Insane asylums in Bengal annual reports 1876-1887 - 1876-1887
Year: 1876
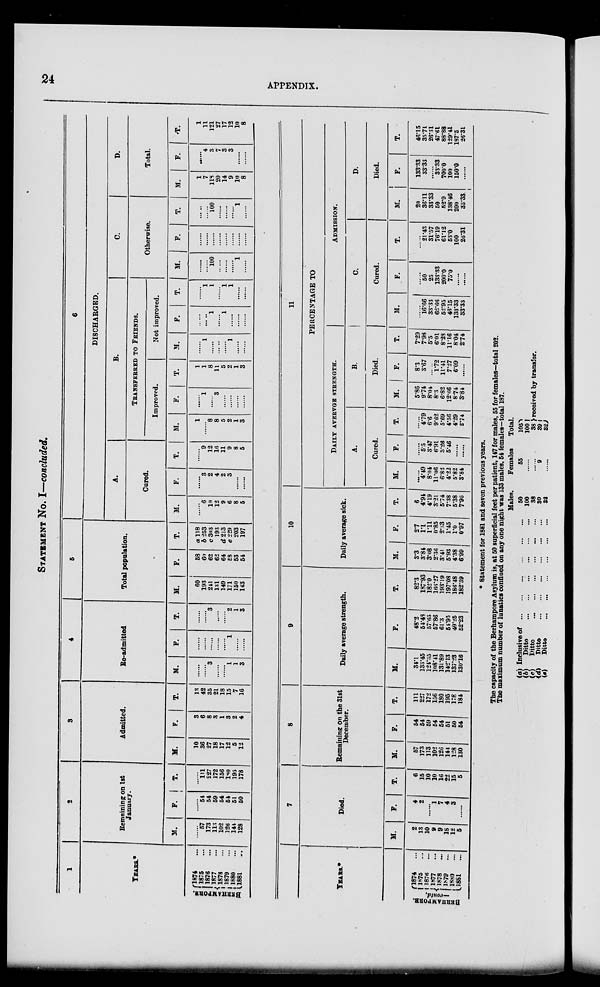
24
APPENDIX.
STATEMENT No I—concluded.
1
YEARS.*
BERHAMPORE.
1874 ...
1875 ...
1876 ...
1877 ...
1878 ...
1879 ...
1880 ...
1881 ...
2
Remaining on 1st
January.
M.
......
57
173
113
102
126
144
128
F.
......
54
54
59
54
54
51
50
T.
......
111
227
172
156
180
195
178
3
Admitted.
M.
10
36
27
18
17
12
5
12
F.
3
6
8
3
1
3
2
4
T.
13
42
35
21
18
15
7
16
4
Ro-admitted
M.
......
......
3
......
......
1
1
3
F.
......
......
......
......
......
1
......
......
T.
......
......
3
......
......
2
1
3
5
Total population.
M.
60
193
211
131
149
171
150
143
F.
58
60
62
62
64
58
53
54
T.
a 118
b 253
c 303
193
d 2l3
e 229
203
197
6
DISCHARGED.
A.
Cured.
M.
......
6
10
12
9
6
8
5
F.
......
3
2
4
2
3
......
......
T.
......
9
12
16
11
9
8
5
B.
TRANSFERRED TO FRIENDS.
Improved.
M.
1
......
8
8
5
2
1
3
F.
......
1
......
3
......
......
......
......
T.
1
1
8
11
5
2
1
3
Not improved.
M.
......
1
......
......
......
1
......
......
F.
......
......
1
......
1
......
......
......
T.
......
1
1
......
1
1
......
......
C.
Otherwise.
M.
......
......
100
......
......
......
1
......
F.
......
......
......
......
......
......
......
......
T.
......
....
100
......
......
......
1
......
D.
Total.
M.
1
7
118
20
14
9
10
8
F.
......
4
3
7
3
3
......
......
T.
1
11
121
27
17
12
10
8
YEARS.*
BERHAMPORE.
1874 ...
1875 ...
1876 ...
1877 ...
1878 ...
1879 ...
1880 ...
1881 ...
7
Died.
M.
2
13
10
9
9
18
12
5
F.
4
2
......
1
7
4
3
......
T.
6 15
10
10
10
22
15
5
8
Remaining on the 31st
December.
M.
57
173
113
102
126
144
128
130
F.
54
54
59
54
54
51
50
54
T.
111
227
172
156
180
195
178
184
9
Daily average strength.
M.
34.1
133.45
124.35
108.41
131.89
142.13
137.23
130.16
F.
48.2
54.48
57.65
57.86
61.3
54.95
49.25
52.23
T.
82.3
187.93
182.0
166.27
193.19
197.08
186.48
182.39
10
Daily average sick.
M.
3.3
3.84
3.08
2.36
3.41
5.93
4.38
6.99
F.
2.7
1.1
1.11
0.85
2.33
1.45
1.0
0.97
T.
6
4.94
4.19
3.21
5.74
7.38
5.38
7.96
11
PERCENTAGE TO
DAILY AVERVGE STRENGTH.
A.
Cured.
M.
......
4.49
8.04
11.06
6.82
4.22
5.82
3.84
F.
......
5.5
3.47
6.91
3.26
5.46
......
......
T.
......
4.79
6.6
9.62
5.69
4.56
4.29
2.74
B.
Died.
M.
5.86
9.74
8.04
8.3
6.82
12.66
8.74
3.84
F.
8.3
3.67
......
1.72
11.41
7.27
6.09
......
T.
7.29
7.98
5.5
6.01
8.28
11.16
8.04
2.74
ADMISSION.
C.
Cured.
M.
......
16.66
33.33
66.66
52.95
46.15
133.33
33.33
F.
......
50
25
133.33
200.0
75.0
......
......
T.
......
21.43
31.57
76.19
61.12
53.0
100
26.31
D.
Died.
M.
20
36.11
33.33
50
52.9
138.46
200
33.33
F.
133.33
33.33
......
33.33
700.0
100
150.0
......
T.
46.15
35.71
26.31
47.61
88.88
129.41
187.5
26.3l
* Statement for 1881 and seven previous years.
The capacity of the Berhampore Asylum is, at 50 superficial feet per patient, 147 for males, 55 for females—total 202
The maximum number of lunatics confined on any one night was 133 males, 54 females—total 187.
(a) Inclusive of
...
...
...
...
...
...
(b)
Ditto
...
...
...
...
...
...
(c)
Ditto ... ... ... ... ... ...
(d)
Ditto
...
...
...
...
...
...
(e)
Ditto
...
...
...
...
...
...
Males.
50
100
38
30
32
Females
55
......
......
9
......
Total.
105
100
38
39
32
received by transfer.